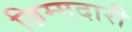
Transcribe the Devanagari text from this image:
ज़िम्मदारी